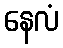
နေလံ